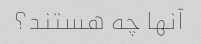
آنها چه هستند؟